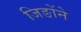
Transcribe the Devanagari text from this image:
जिङोंने